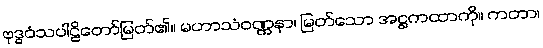
ဗုဒ္ဓဝံသပါဠိတော်မြတ်၏။ မဟာသံဝဏ္ဏနာ၊ မြတ်သော အဋ္ဌကထာကို။ ကတာ၊